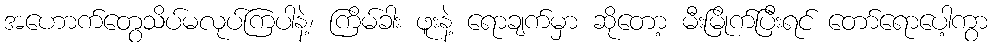
အဟောက်တွေသိပ်မလုပ်ကြပါနဲ့၊ ကြိမ်ခါး ဖူးနဲ့ ရောချက်မှာ ဆိုတော့ မီးမြိုက်ပြီးရင် တော်ရောပေါ့ကွာ